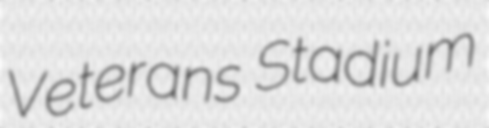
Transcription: Veterans Stadium